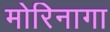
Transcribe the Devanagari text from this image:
मोरिनागा